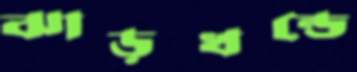
ঝাড়খন্ডে